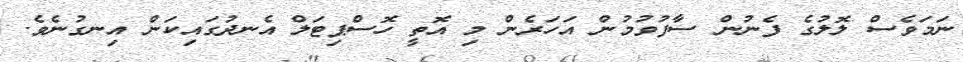
ނަމަވެސް ލޮލުގެ ފެނުން ސާފުވުމުން އަހަރެން މި އޮތީ ހޮސްޕިޓަލް އެނދުގައިކަން އިނގުނެވެ.